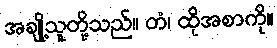
အချို့သူတို့သည်။ တံ၊ ထိုအစာကို။